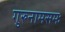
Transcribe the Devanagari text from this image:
गुरुनामसमः